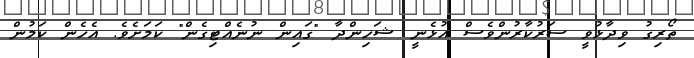
ތޯރިގު ވިދާޅުވީ ސަރުކާރުންވެސް އުޅެނީ ޝަހިންދާ "ގައިން ނުނެއްޓިގެން" ކަމަށެވެ. އެހެން ކަމުން